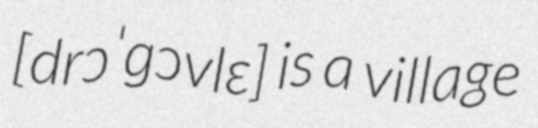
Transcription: [drɔˈɡɔvlɛ] is a village